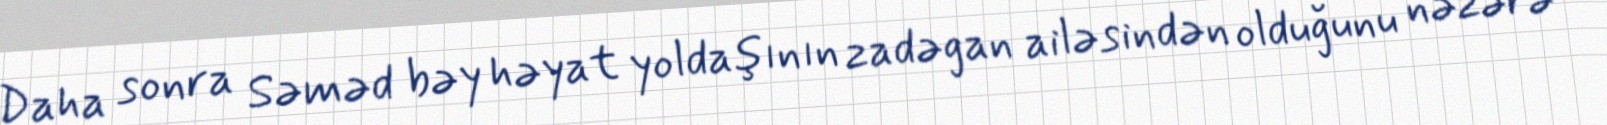
Daha sonra Səməd bəy həyat yoldaşının zadəgan ailəsindən olduğunu nəzərə